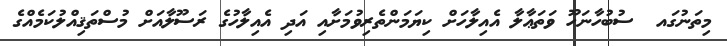
މިތަނުގައ  ސުބުހާނަހޫ ވަތަޢާލާ އެއިލާހަށް ކިޔަމަންތެރިވުމަށާއި އަދި އެއިލާހުގެ ރަސޫލާއަށް މުސްތަޤިއްލުކަމެއްގެ